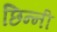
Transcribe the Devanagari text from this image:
छिन्‍नी